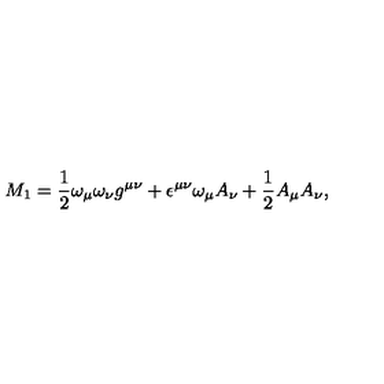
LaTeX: M _ { 1 } = \frac { 1 } { 2 } \omega _ { \mu } \omega _ { \nu } g ^ { \mu \nu } + \epsilon ^ { \mu \nu } \omega _ { \mu } A _ { \nu } + \frac { 1 } { 2 } A _ { \mu } A _ { \nu } ,